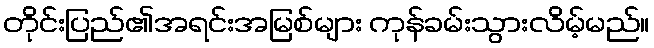
တိုင်းပြည်၏အရင်းအမြစ်များ ကုန်ခမ်းသွားလိမ့်မည်။